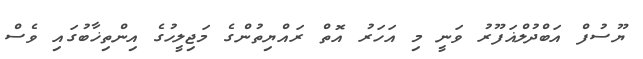
ޔޫސުފް އަބްދުލްޣަފޫރު ވަނީ މި އަހަރު އޮތް ރައްޔިތުންގެ މަޖިލީހުގެ އިންތިޚާބުގައި ވެސް